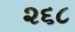
૨૬૮